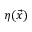
\eta ( { \vec { x } } )